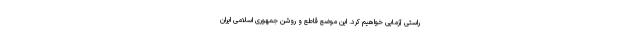
راستی آزمایی خواهیم کرد. این موضع قاطع و روشن جمهوری اسلامی ایران